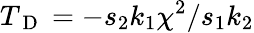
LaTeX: {T_{\mathrm{~D~}}}=-s_{2}k_{1}\chi^{2}/s_{1}k_{2}